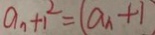
a _ { n } + 1 ^ { 2 } = ( a _ { n } + 1